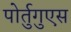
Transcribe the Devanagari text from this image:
पोर्तुगुएस